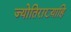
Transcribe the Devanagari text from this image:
ज्योतिराख्याहि